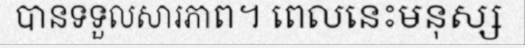
បានទទួលសារភាព។ ពេលនេះមនុស្ស